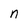
Character: n